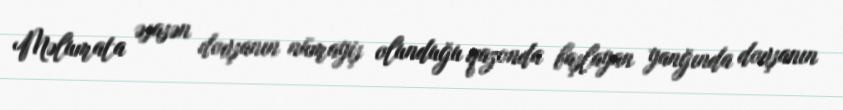
Məlumata əsasən dovşanın nümayiş olunduğu qazonda başlayan yanğında dovşanın